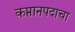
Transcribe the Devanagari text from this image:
कप्तानपदाचा